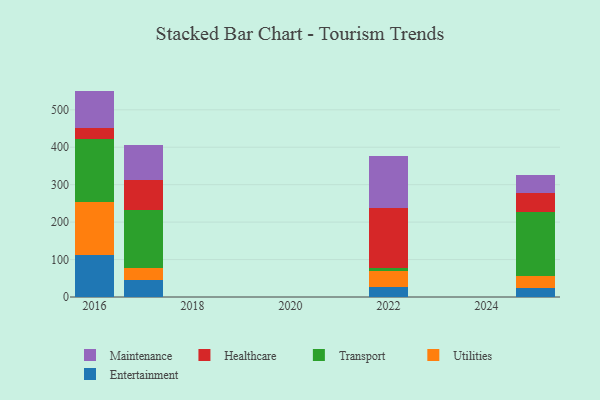
{"axis": {"x": "Year", "y": "Production Output"}, "legend": ["Entertainment", "Healthcare", "Maintenance", "Transport", "Utilities"], "data": [{"x": "2022", "y": 28.0, "type": "Entertainment"}, {"x": "2022", "y": 40.6, "type": "Utilities"}, {"x": "2022", "y": 9.3, "type": "Transport"}, {"x": "2022", "y": 160.4, "type": "Healthcare"}, {"x": "2022", "y": 137.8, "type": "Maintenance"}, {"x": "2025", "y": 24.7, "type": "Entertainment"}, {"x": "2025", "y": 32.4, "type": "Utilities"}, {"x": "2025", "y": 169.7, "type": "Transport"}, {"x": "2025", "y": 49.7, "type": "Healthcare"}, {"x": "2025", "y": 49.6, "type": "Maintenance"}, {"x": "2016", "y": 112.6, "type": "Entertainment"}, {"x": "2016", "y": 140.0, "type": "Utilities"}, {"x": "2016", "y": 168.1, "type": "Transport"}, {"x": "2016", "y": 30.2, "type": "Healthcare"}, {"x": "2016", "y": 99.7, "type": "Maintenance"}, {"x": "2017", "y": 44.7, "type": "Entertainment"}, {"x": "2017", "y": 33.2, "type": "Utilities"}, {"x": "2017", "y": 154.1, "type": "Transport"}, {"x": "2017", "y": 79.7, "type": "Healthcare"}, {"x": "2017", "y": 93.4, "type": "Maintenance"}]}